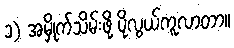
၁) အမှိုက်သိမ်းဖို့ ပိုလွယ်ကူလာတာ။